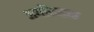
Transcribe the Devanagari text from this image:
अर्गोनडाह